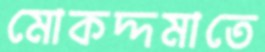
মোকদ্দমাতে